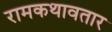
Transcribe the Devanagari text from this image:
रामकथावतार